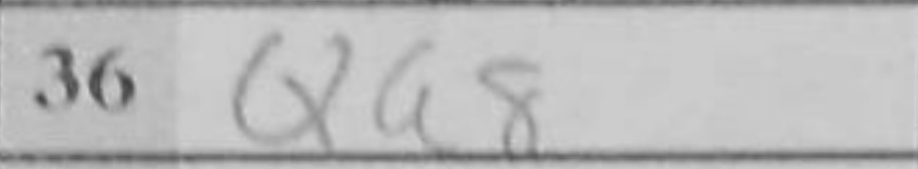
Transcription: Qa8